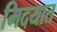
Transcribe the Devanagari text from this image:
मिदयात